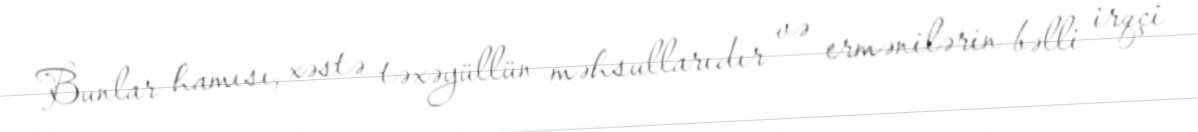
Bunlar hamısı, xəstə təxəyüllün məhsullarıdır və ermənilərin bəlli irqçi